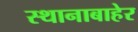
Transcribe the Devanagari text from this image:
स्थानाबाहेर